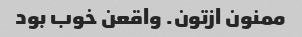
ممنون ازتون. واقعن خوب بود